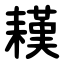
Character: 䎯